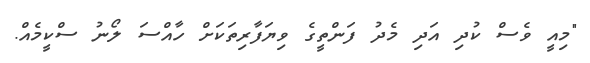
"މިއީ ވެސް ކުދި އަދި މެދު ފަންތީގެ ވިޔަފާރިތަކަށް ހާއްސަ ލޯނު ސްކީމެއް.